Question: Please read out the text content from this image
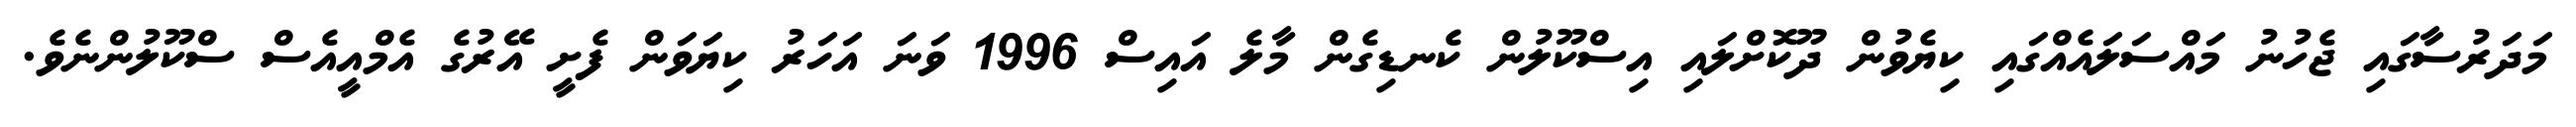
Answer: މަދަރުސާގައި ޖެހުނު މައްސަލައެއްގައި ކިޔެވުން ދޫކޮށްލައި އިސްކޫލުން ކެނޑިގެން މާލެ އައިސް 1996 ވަނަ އަހަރު ކިޔަވަން ފެށީ އޭރުގެ އެމްއީއެސް ސްކޫލުންނެވެ.